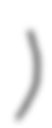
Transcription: شندي)